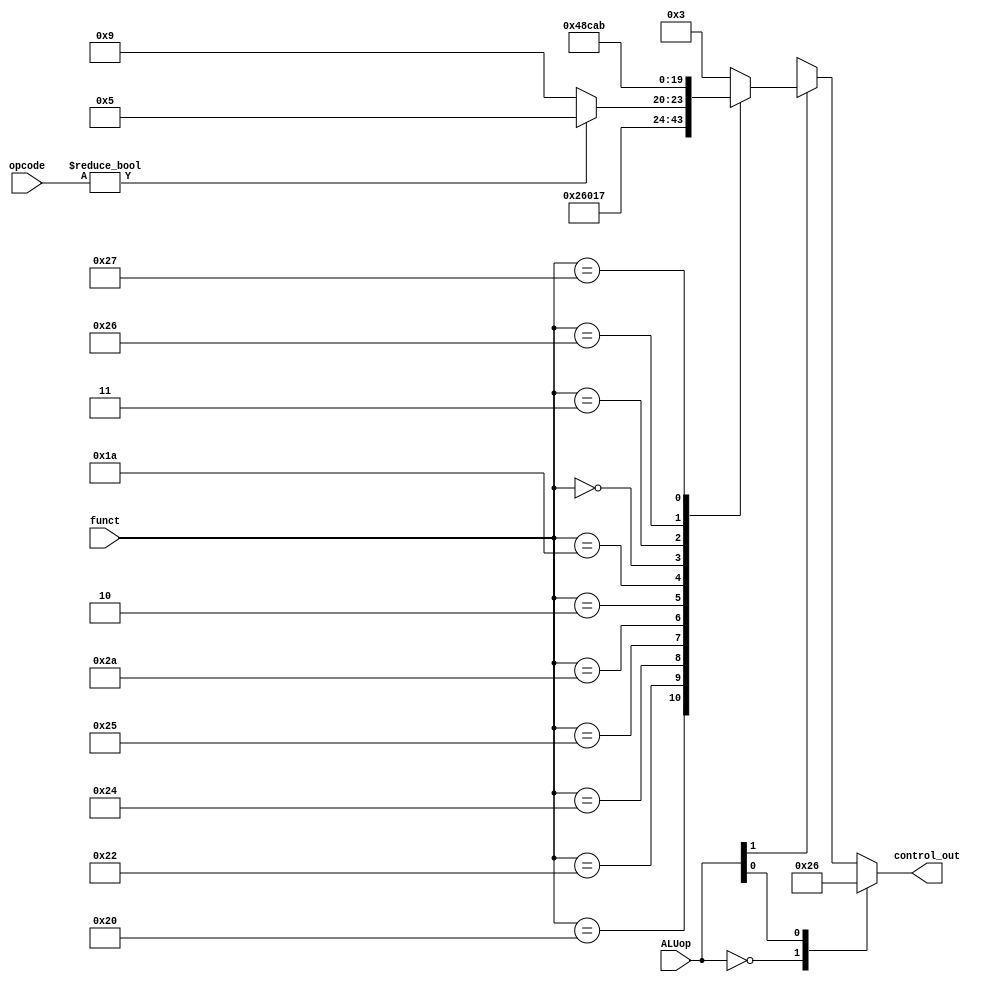
`timescale 1ns / 1ps

//////////////////////////////////////////////////////////////////////////////////


module ALU_control(
    input [1:0] ALUop, //control_signal[5:4]
    input [5:0] funct,
    input [5:0] opcode,
    output reg [3:0] control_out
);
    always @(ALUop, funct)
    begin
        casex (ALUop)
            2'b00: control_out = 4'b0010;
            2'bx1: control_out = 4'b0110;
            2'b1x: case (funct)
                    6'b100000:  control_out = 2;//add
                    6'b100010:  control_out = 6;//sub
                    6'b100100:  control_out = 0;//and
                    6'b100101:  control_out = 1;//or
                    6'b101010:  control_out = 7;//slt
                    6'b000010:  control_out = (opcode) ? 5 : 9;//mul or srl
                    6'h1a:      control_out = 4;//div
                    6'h0:       control_out = 8;//sll
                    6'b000011:  control_out = 12;//sra
                    6'h26:      control_out = 10;//xor
                    6'h27:      control_out = 11;//nor
                    default:    control_out = 3;//no operator
                endcase
        endcase
    end
endmodule

// module ALU_control(
//     input [1:0] ALUop, input [5:0] func_in,input addi ,
//     output [3:0] control_out, output ex
// );
//     reg [3:0] ALU_control_out;
//     assign control_out = ALU_control_out;
//     always @(*)
//         begin
//         if(!addi)
//             if(ALUop == 0)
//                 ALU_control_out = 12;//lw/sw
//             else if(ALUop == 3)
//                 ALU_control_out = 13;//lh/sh
//             else if(ALUop == 1) ALU_control_out = 6;//beq
//             else if(ALUop == 2)
//                 begin
//                     case (func_in)
//                         6'b100000: ALU_control_out = 2;//add
//                         6'b100010: ALU_control_out = 6;//sub
//                         6'b100100: ALU_control_out = 0;//and
//                         6'b100101: ALU_control_out = 1;//or
//                         6'b101010: ALU_control_out = 7;//slt
//                         6'b011000: ALU_control_out = 5;//mul
//                         6'h1a: ALU_control_out = 4;//div
//                         6'h0:   ALU_control_out = 8;//sll
//                         6'h02:   ALU_control_out = 9;//srl
//                         6'h26:   ALU_control_out = 10;//xor
//                         6'h27:   ALU_control_out = 11;//nor
//                         default: ALU_control_out = 3;//no operator
//                     endcase
//                 end
//              else ALU_control_out = 3;
//            else
//            begin
//             ALU_control_out = 2;//addi
//            end  
//         end
//        assign ex = (ALU_control_out == 3); //lnh khng hp l ca R format
// endmodule